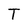
Character: T